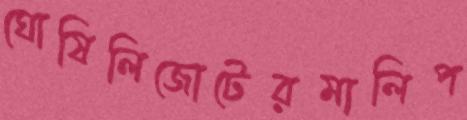
ঘোষিলিজোটেরমালিপ